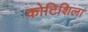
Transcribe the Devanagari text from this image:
कोटिशिला